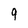
Character: 9